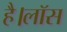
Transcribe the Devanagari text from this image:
है।लॉस